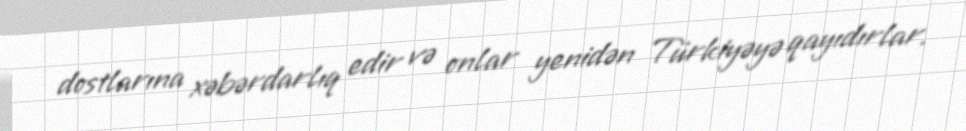
dostlarına xəbərdarlıq edir və onlar yenidən Türkiyəyə qayıdırlar.